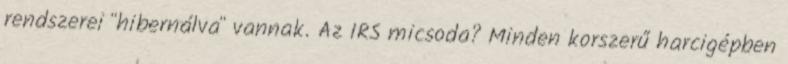
rendszerei "hibernálva" vannak. Az IRS micsoda? Minden korszerű harcigépben